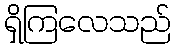
ရှိကြလေသည်